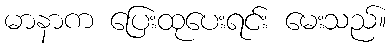
မာနာက ပြေးထုပေးရင်း မေးသည်။